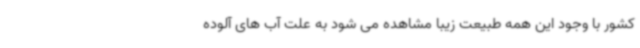
کشور با وجود این همه طبیعت زیبا مشاهده می شود به علت آب های آلوده